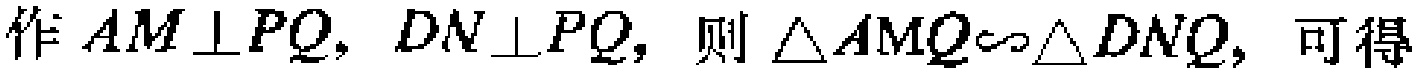
作 \(AM\perp PQ,\ DN\perp PQ,\) 则 \(\triangle AMQ\sim\triangle DNQ,\) 可得